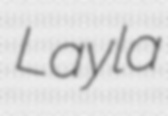
Layla